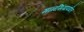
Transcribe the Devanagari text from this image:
मानसिंगापर्यंत